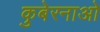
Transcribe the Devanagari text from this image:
कुबेरनाओ